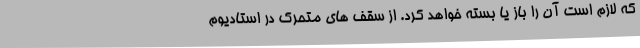
که لازم است آن را باز یا بسته خواهد کرد. از سقف های متحرک در استادیوم